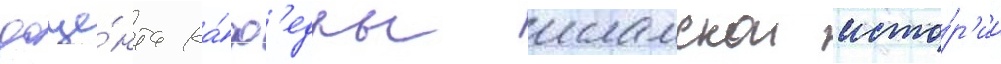
доце́нта ка́ф'едры исламскои исто́р'ии